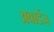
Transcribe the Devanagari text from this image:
अवार्डज